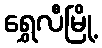
ရွှေလီမြို့